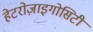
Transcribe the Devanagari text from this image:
हेटरोज़ाइगोसिटी